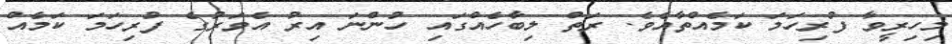
މިހިރީވާ ފުރިހަމަ ކަމެއްތާއެވެ. ރަތް ލިބާހެއްގައި ހުންނަ އިރު އެވަރުގެ ފުރިހަމަ ކަމެއް